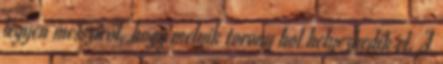
legyen messziről, hogy melyik torony hol helyezkedik el. A